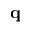
\mathbf { q }